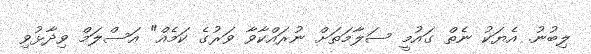
ލިބުނު. އެޔަކު ނެތް ގައުމީ ސަލާމަތަށް ނުރައްކާވާ ވަރުގެ ކަމެއް" އަސްލަމް ވިދާޅުވި